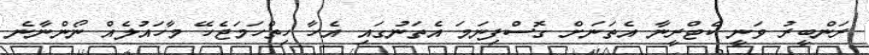
ރަންބީރު ވަނީ ކެޓްރީނާ އެތަނަށް ގޮސްފިނަމަ އެތަނުގައި އެހާ ހިތްހަމަޖެހޭ މާހައުލެއް ނޯންނާނެ